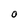
Character: 0